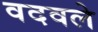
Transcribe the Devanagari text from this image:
वदवले